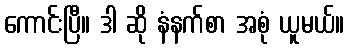
ကောင်းပြီ။ ဒါ ဆို နံနက်စာ အစုံ ယူမယ်။